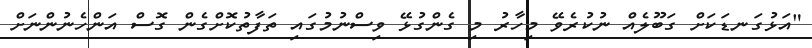
"އަޅުގަނޑަކަށް ގަބޫލެއް ނުކުރެވޭ މިހާރު މި ގެންގުޅޭ ވިސްނުމުގައި ތަފާތުކޮށްގެން ގޮސް އަންހެނުންނަށް